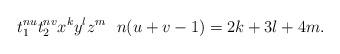
LaTeX: \begin{align*}t_1^{nu}t_2^{nv}x^ky^lz^m \ \ n(u+v-1)=2k+3l+4m.\end{align*}